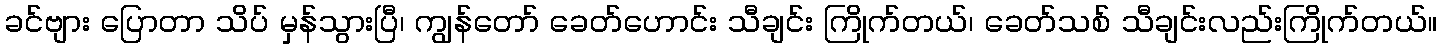
ခင်ဗျား ပြောတာ သိပ် မှန်သွားပြီ၊ ကျွန်တော် ခေတ်ဟောင်း သီချင်း ကြိုက်တယ်၊ ခေတ်သစ် သီချင်းလည်းကြိုက်တယ်။